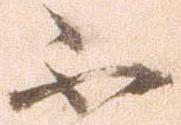
不